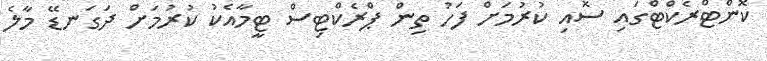
ކޮންޓްރެކްޓްގައި ސޮއި ކުރުމަށް ފަހު ތިން ޕްރެކްޓިސް ޓީމާއެކު ކުރުމަށް ދަގަނޑޭ މާލެ